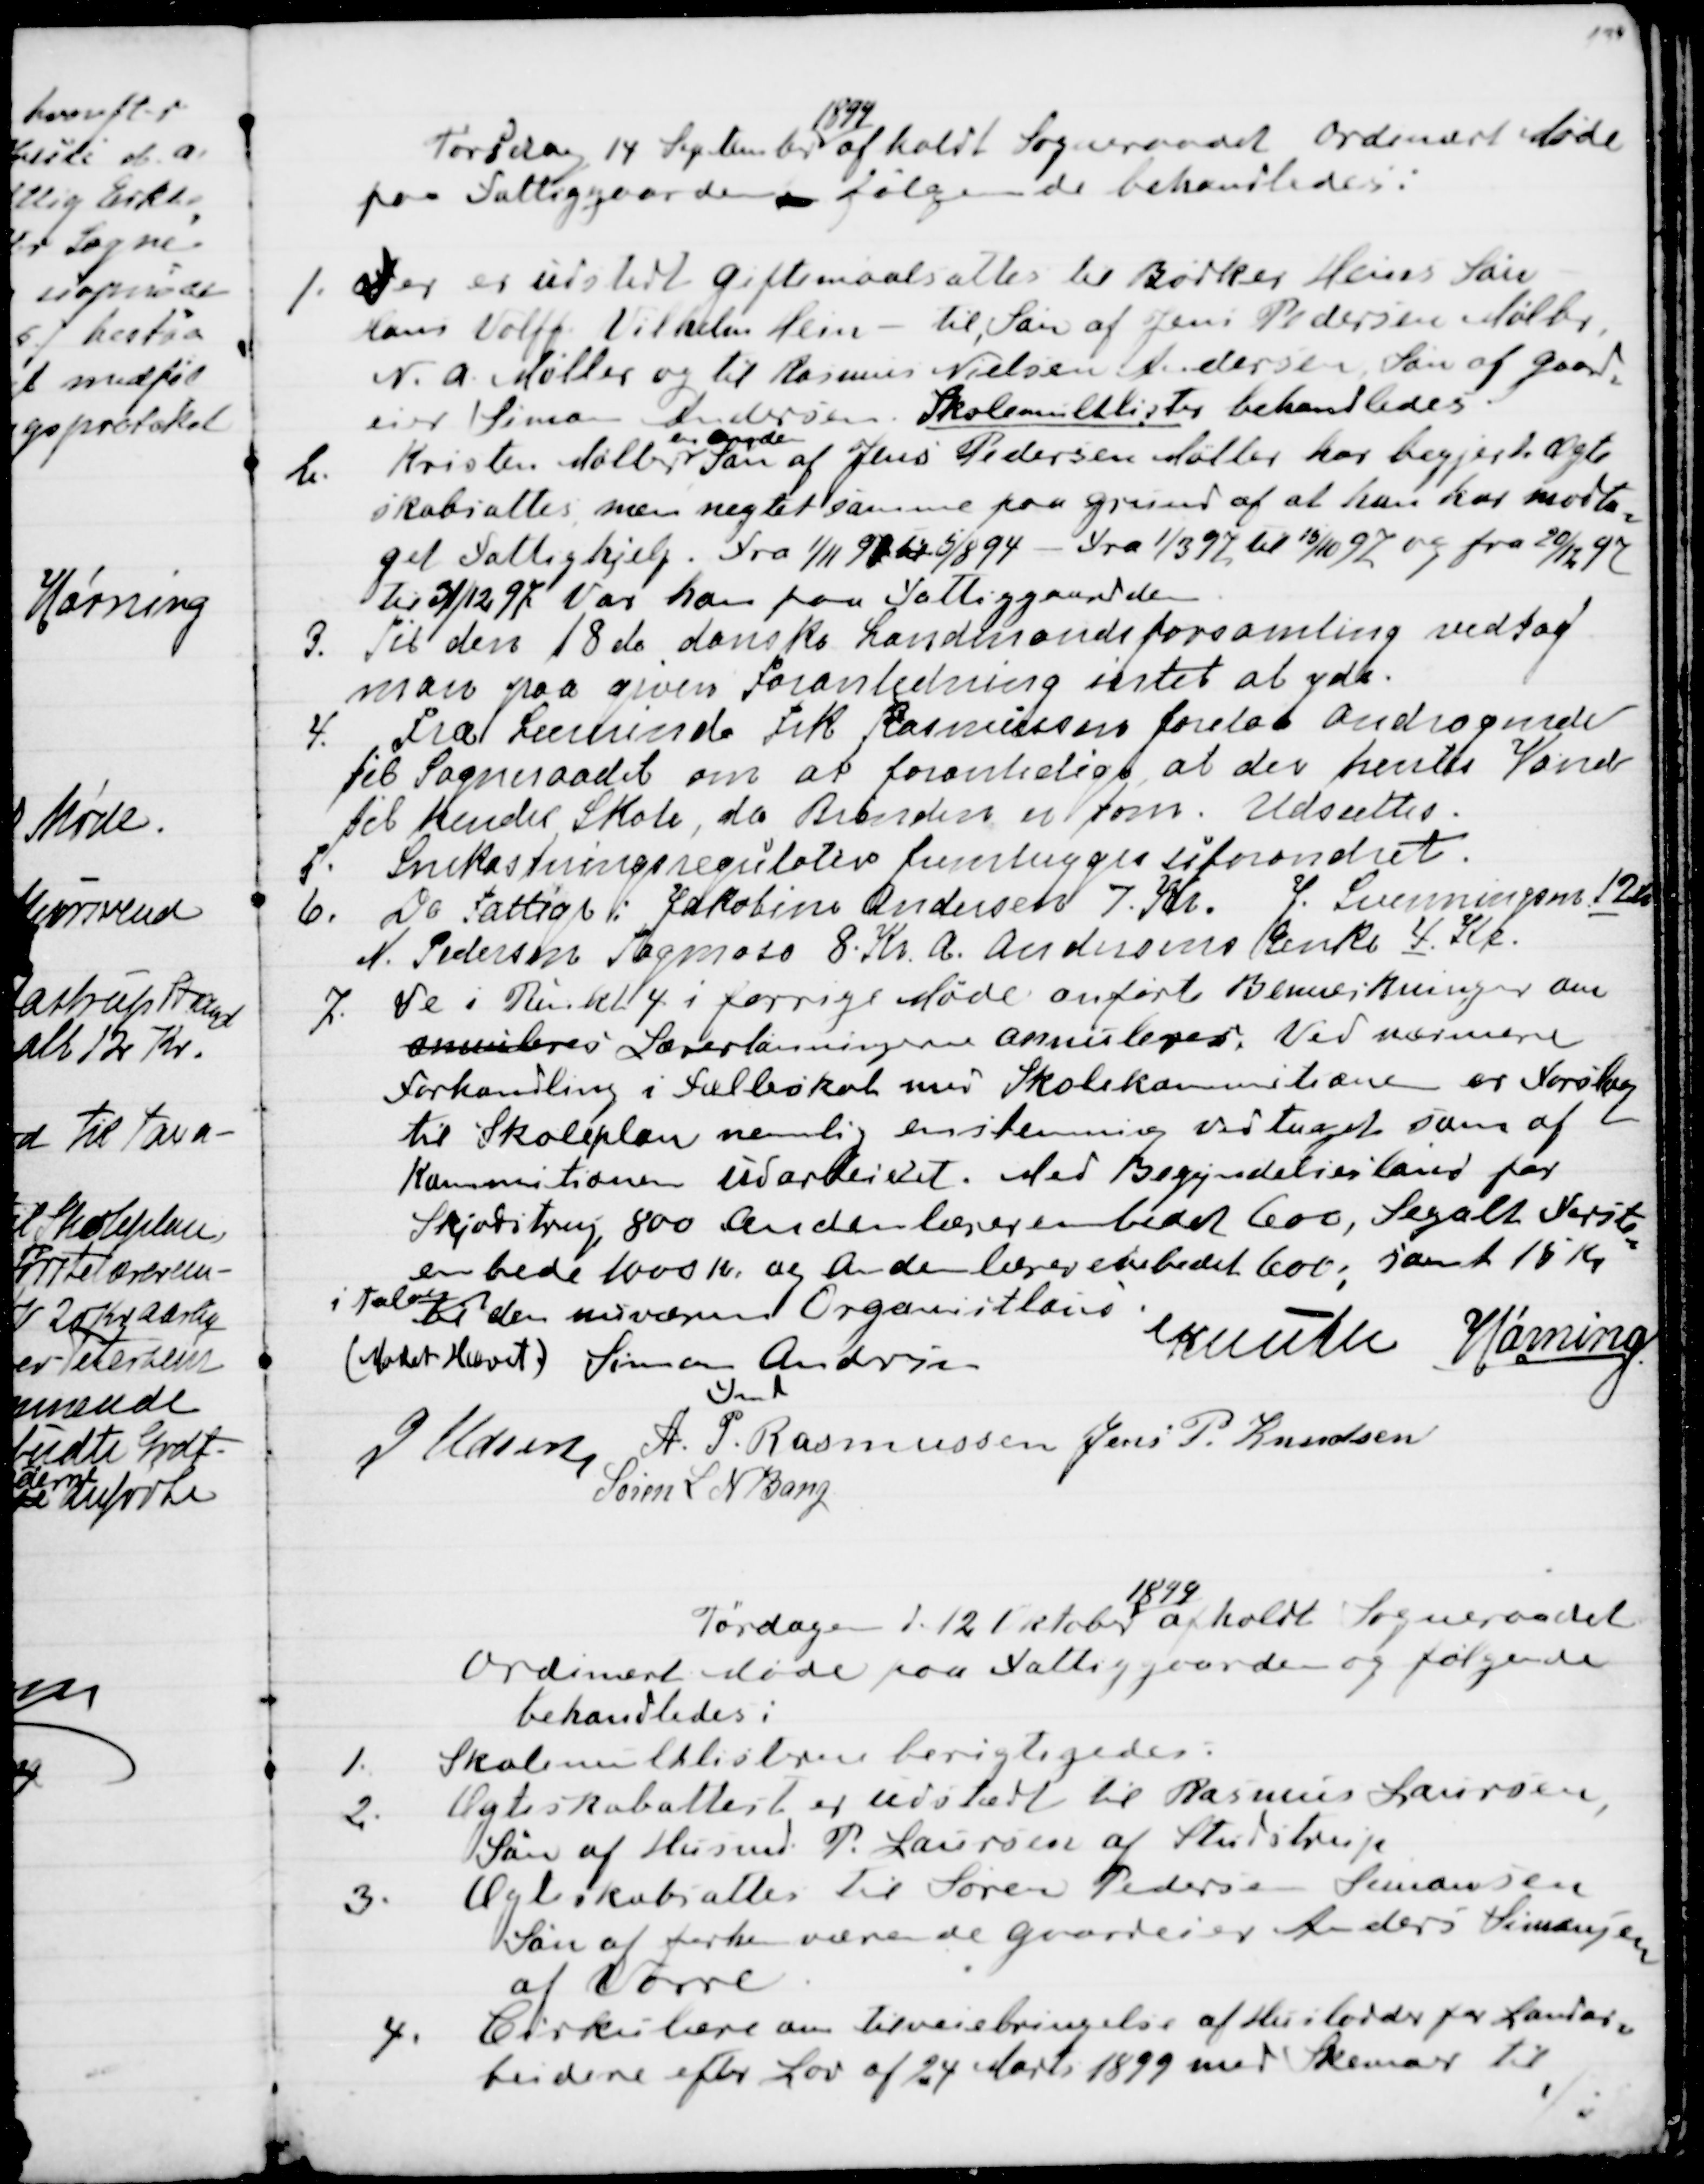
Transskription:
Torsdag 14 September 
1899
afholdt Sogneraadet Ordinært Møde
paa Fattiggaarden, følgende behandledes:
1. Der er udstedt Giftemaalsattes til Bødker Heins Søn
Hans Volff Vilhelm Hein - til, Søn af Jens Pedersen Møller
N. A. Møller og til Rasmus Nielsen Andersen Søn af Gaard
=
eier Simon Andersen. Skolemultlister behandledes.
2. Kristen Møller 
en anden
Søn af Jens Pedersen Møller har begjæret Ægte
skabsattes, men nægtet samme paa Grund af at han har modta
=
get Fattighjælp fra 1/11 91 til 5/8 94 - Fra 1/3 97 til 15/10 97 og fra 20/12 97
til 31/12 97 var han paa Fattiggaarden.
3. Til den 18de danske Landmandsforsamling vedtog
man paa given Foranledning intet at yde.
4.  Fra Lærerinde Frk Rasmussen forelaa Andragende
til Sogneraadet om at foranledige, at der hentes Vand
til Hendes Skole, da Brønden er tom. Udsættes.
5. Snekastningsregulativet fremlægges uforandret.
6. De Fattige: Jakobine Andersen 7. Kr. J. Svenningsen 12 Kr
N. Pedersen Tagmose 8. Kr A. Andersens Enke 4. Kr
7. De i Punkt 4 i forrige Møde anførte Bemærkninger om
annuleres Lærerlønningerne annuleres. Ved nærmere
Forhandling i fælleskab med Skolekommitionen er Forslag
til Skoleplan nemlig enstemmig vedtaget som af
Kommitionen udarbeidet. Med Begyndelseslønd for
Skjødstrup 800 Andenlærerembedet 600, Segalt Første
=
embede 1000 Kr og Andenlærerembedet 600; samt 15 Kr
i Talon til den nuværende Organistlærer.
(Mødet Hævet)
Simon Andersen
Fmd
Knuth
Hørning.
J Udsen
A. P. Rasmussen
Jens P. Knudsen
Søren L N Bang

Torsdagen d. 12 Oktober 
1899
afholdt Sogneraadet
Ordinært Møde paa Fattiggaarden og følgende
behandledes:
1. Skolemulklisterne berigtigedes.
2. Ægteskabsattest er udstedt til Rasmus Laursen,
Søn af Husmd P. Laursen af Studstrup.
3. Ægteskabsattes til Søren Pedersen Simonsen
Søn af forhenværende Gaardeier Anders Simonsen
af Vorre.
4. Cirkulære om tilveiebringelse af Huslodder for Landar
=
beiderne efter Lov af 24 Marts 1899 med Skemaer til